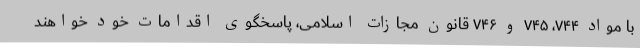
با مواد ۷۴۴، ۷۴۵ و ۷۴۶ قانون مجازات اسلامی، پاسخگوی اقدامات خود خواهند